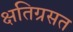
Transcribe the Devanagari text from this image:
क्षतिग्रसत